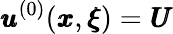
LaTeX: {\pmb u}^{(0)}({\pmb x},{\pmb\xi})={\pmb U}